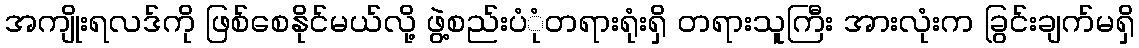
အကျိုးရလဒ်ကို ဖြစ်စေနိုင်မယ်လို့ ဖွဲ့စည်းပံုံတရားရုံးရှိ တရားသူကြီး အားလုံးက ခြွင်းချက်မရှိ